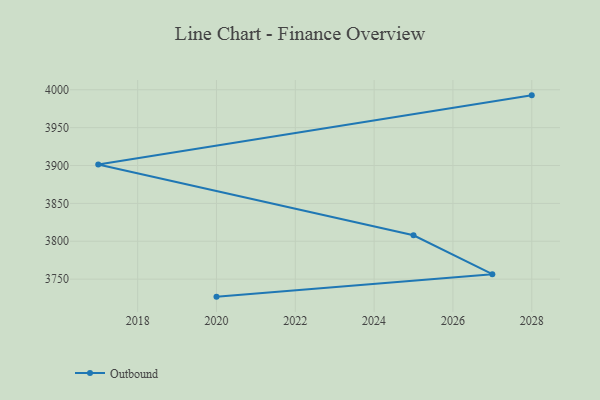
{"axis": {"x": "Year", "y": "Energy Usage (MWh)"}, "legend": ["Outbound"], "data": [{"x": "2028", "y": 3992.6, "type": "Outbound"}, {"x": "2017", "y": 3901.3, "type": "Outbound"}, {"x": "2025", "y": 3807.9, "type": "Outbound"}, {"x": "2027", "y": 3756.5, "type": "Outbound"}, {"x": "2020", "y": 3726.9, "type": "Outbound"}]}